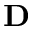
{ \bf D }